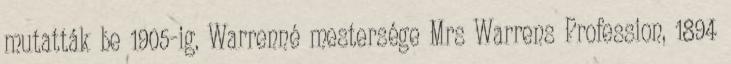
mutatták be 1905-ig. Warrenné mestersége Mrs Warrens Profession, 1894